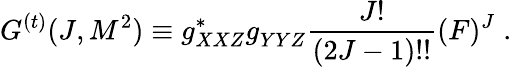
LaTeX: G^{(t)}(J,M^{2})\equiv g_{XXZ}^{\ast}g_{YYZ}^{}\frac{J!}{(2J-1)!!}(F)^{J}\; .